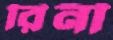
রিনী